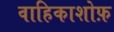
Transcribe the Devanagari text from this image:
वाहिकाशोफ़